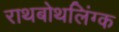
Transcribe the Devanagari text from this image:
राथबोथलिंग्क